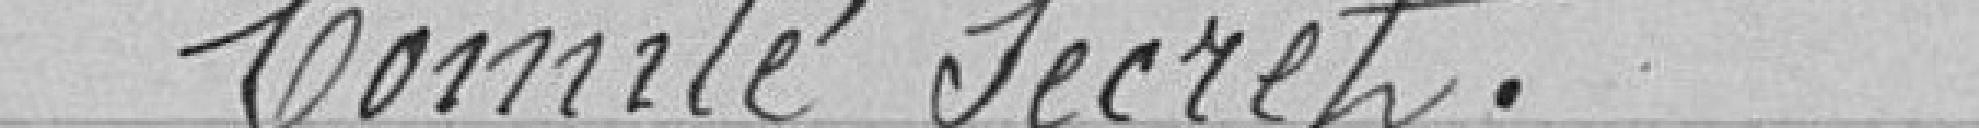
Comité secret.